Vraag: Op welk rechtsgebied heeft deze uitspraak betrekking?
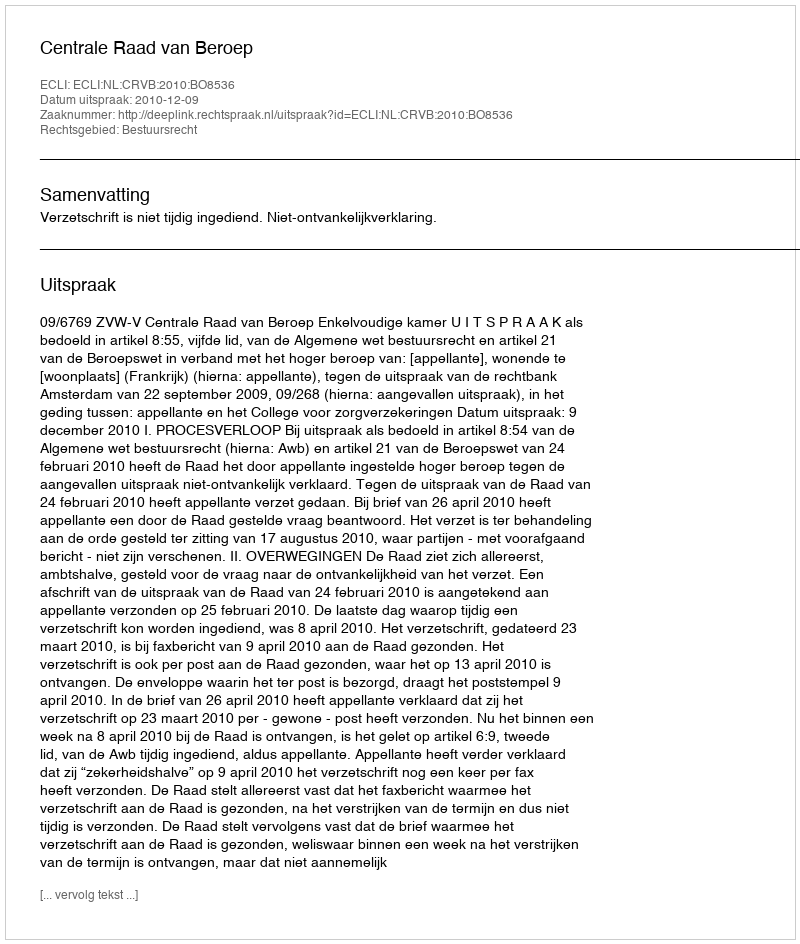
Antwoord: Bestuursrecht